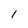
Character: 1